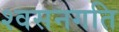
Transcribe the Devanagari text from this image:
श्वसनगति